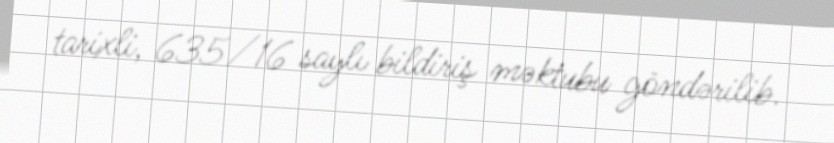
tarixli, 635/16 saylı bildiriş məktubu göndərilib.